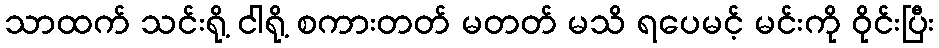
သာထက် သင်းရို့ ငါရို့ စကားတတ် မတတ် မသိ ရပေမင့် မင်းကို ဝိုင်းပြီး